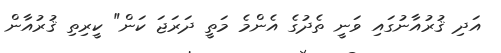
އަދި ޤުރުއާނުގައި ވަނީ ތެދުގެ އެންމެ މަތީ ދަރަޖަ ކަން" ކީރިތި ޤުރުއާން